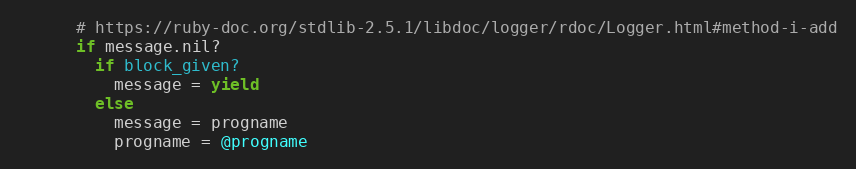
Language: Ruby
      # https://ruby-doc.org/stdlib-2.5.1/libdoc/logger/rdoc/Logger.html#method-i-add
      if message.nil?
        if block_given?
          message = yield
        else
          message = progname
          progname = @progname